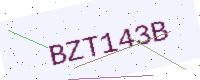
Text: BZT143B